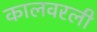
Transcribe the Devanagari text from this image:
कालवरली